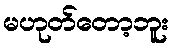
မဟုတ်တော့ဘူး